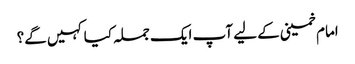
امام خمینی کے لیے آپ ایک جملہ کیا کہیں گے؟